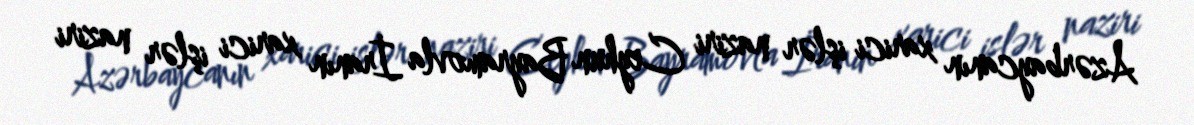
Azərbaycanın xarici işlər naziri Ceyhun Bayramovla İranın xarici işlər naziri